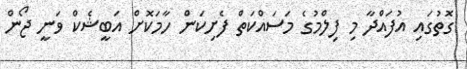
ގޮތުގައި އުފައްދާ މި ފިލްމުގެ މަސައްކަތް ފެށިކަން ހާމަކޮށް އަބީޝެކް ވަނީ ޖޯން